65_HS1-834228961_62-HQ-83894_Section_9
Agency: FBI
Page 168
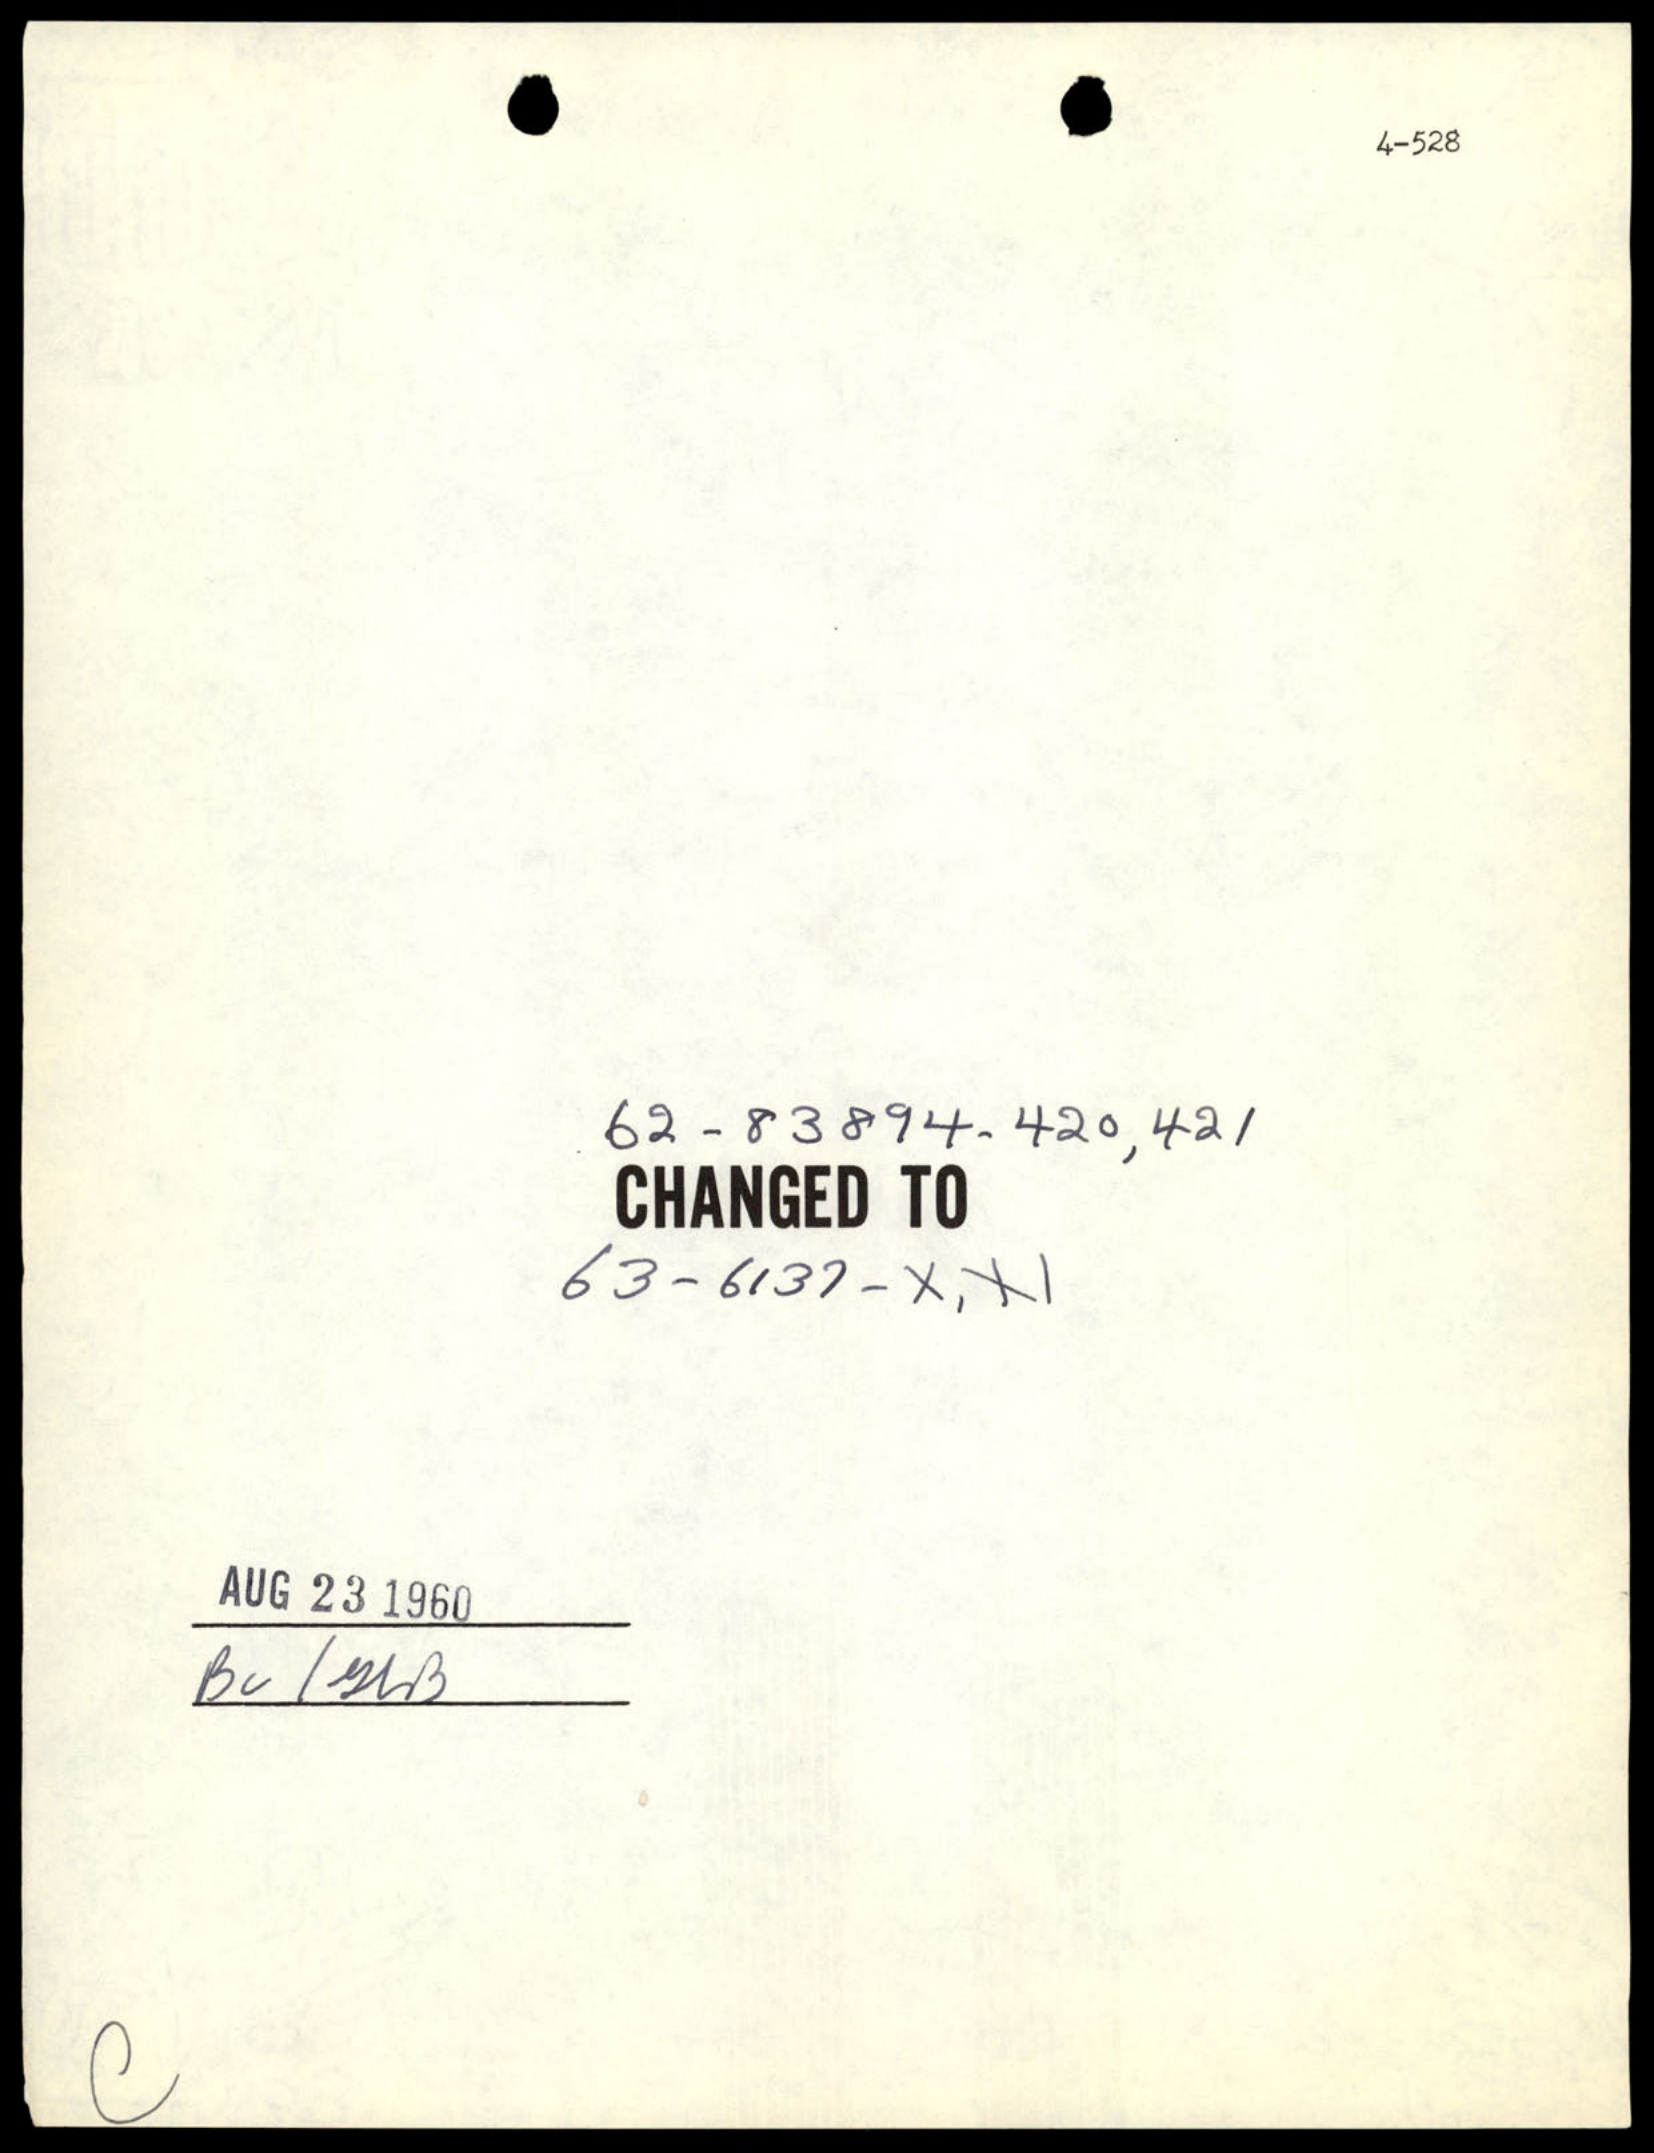